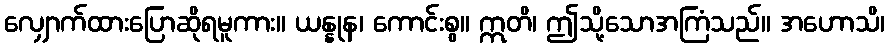
လျှောက်ထားပြောဆိုရမူကား။ ယန္နုန၊ ကောင်းစွ။ ဣတိ၊ ဤသို့သောအကြံသည်။ အဟောသိ၊